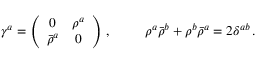
\begin{array} { c c } { { \gamma ^ { a } = \left( \begin{array} { c c } { { 0 } } & { { \rho ^ { a } } } \\ { { \bar { \rho } ^ { a } } } & { { 0 } } \end{array} \right) \, , ~ ~ ~ } } & { { ~ ~ \rho ^ { a } \bar { \rho } ^ { b } + \rho ^ { b } \bar { \rho } ^ { a } = 2 \delta ^ { a b } \, . } } \end{array}